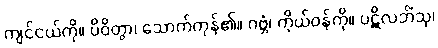
ကျင်ငယ်ကို။ ပိဝိတွာ၊ သောက်ကုန်၏။ ဂဗ္ဘံ၊ ကိုယ်ဝန်ကို။ ပဋိလဘိံသု၊